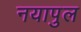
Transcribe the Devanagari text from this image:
नयापुल